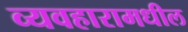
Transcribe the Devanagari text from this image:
व्यवहारामधील